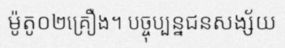
ម៉ូតូ០២គ្រឿង។ បច្ចុប្បន្នជនសង្ស័យ